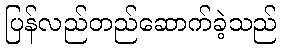
ပြန်လည်တည်ဆောက်ခဲ့သည်